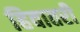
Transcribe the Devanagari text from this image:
हिवातरी